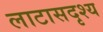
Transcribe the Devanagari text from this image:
लाटासदृश्य